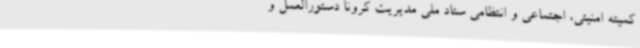
کمیته امنیتی، اجتماعی و انتظامی ستاد ملی مدیریت کرونا دستورالعمل و